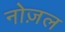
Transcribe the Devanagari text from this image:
नोज़ल